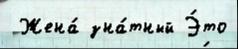
 Жена́ зна́тный Э́то